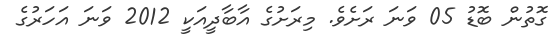
ގޮތުން ބޮޑު 05 ވަނަ ރަށެވެ. މިރަށުގެ އާބާދީއަކީ 2012 ވަނަ އަހަރުގެ